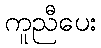
ကူညီပေး